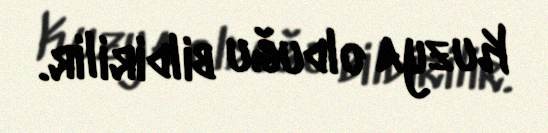
Kuzya olduğu bildirilir.